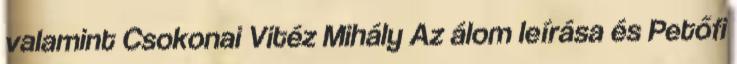
valamint Csokonai Vitéz Mihály Az álom leírása és Petőfi